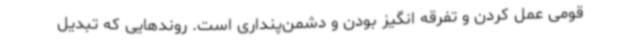
قومی عمل کردن و تفرقه انگیز بودن و دشمن‌پنداری است. روندهایی که تبدیل